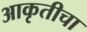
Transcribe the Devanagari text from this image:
आकृतीचा